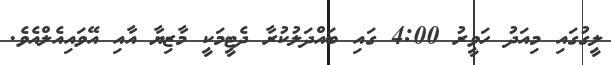
ލީގުގައި މިއަދު ހަވީރު 4:00 ގައި ބައްދަލުކުރާ ދެޓީމަކީ މާޒިޔާ އާއި އޭވައިއެލްއެވެ.